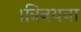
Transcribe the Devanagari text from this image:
।त्रिनयना